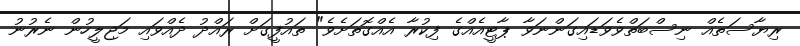
ރިޔާސަތެއް ނިސްބަތްވެވަޑައިގަންނަވާ ޕާޓީއެއްގެ ފިކުރާ އެއްގޮތަށެވެ" ތައުފީގަށް ރައްދު ދެއްވައި މަޖިލީހުން ނެރުނު